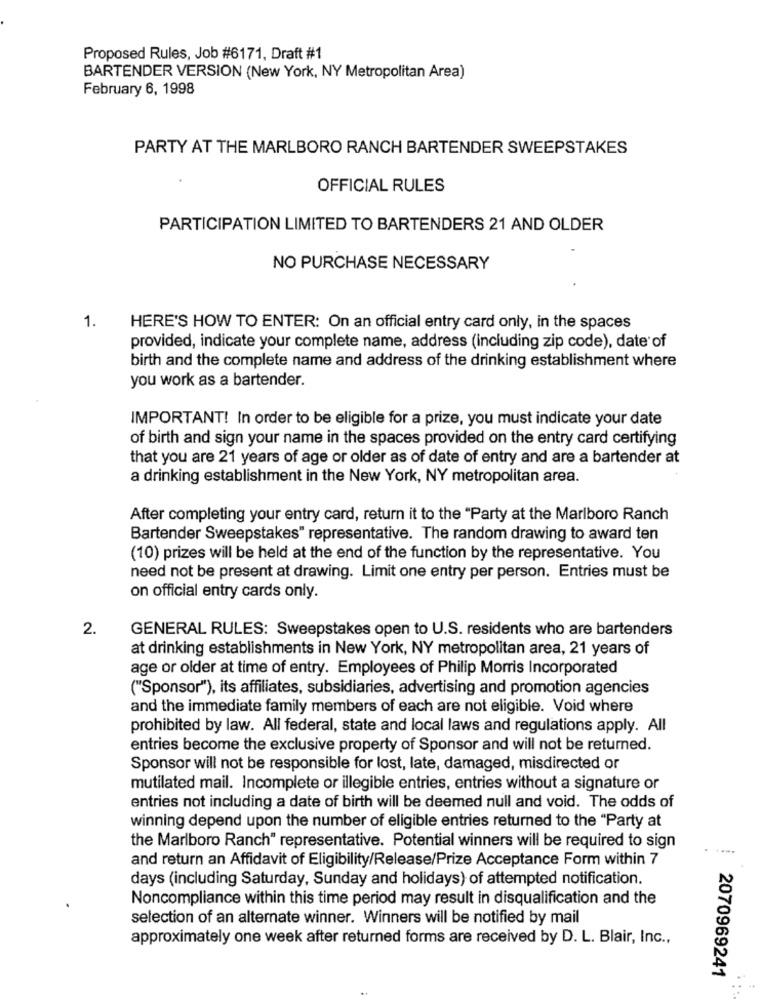
Proposed Rules, Job #6171, Draft #1
BARTENDER VERSION (New York, NY Metropolitan Area)
February 6, 1998
PARTY AT THE MARLBORO RANCH BARTENDER SWEEPSTAKES
OFFICIAL RULES
PARTICIPATION LIMITED TO BARTENDERS 21 AND OLDER
NO PURCHASE NECESSARY
1.
HERE'S HOW TO ENTER: On an official entry card only, in the spaces
provided, indicate your complete name, address (including zip code), date of
birth and the complete name and address of the drinking establishment where
you work as a bartender.
IMPORTANT! In order to be eligible for a prize, you must indicate your date
of birth and sign your name in the spaces provided on the entry card certifying
that you are 21 years of age or older as of date of entry and are a bartender at
a drinking establishment in the New York, NY metropolitan area.
After completing your entry card, return it to the "Party at the Marlboro Ranch
Bartender Sweepstakes" representative. The random drawing to award ten
(10) prizes will be held at the end of the function by the representative. You
need not be present at drawing. Limit one entry per person. Entries must be
on official entry cards only.
2.
GENERAL RULES: Sweepstakes open to U.S. residents who are bartenders
at drinking establishments in New York, NY metropolitan area, 21 years of
age or older at time of entry. Employees of Philip Morris Incorporated
("Sponsor"), its affiliates, subsidiaries, advertising and promotion agencies
and the immediate family members of each are not eligible. Void where
prohibited by law. All federal, state and local laws and regulations apply. All
entries become the exclusive property of Sponsor and will not be returned.
Sponsor will not be responsible for lost, late, damaged, misdirected or
mutilated mail. Incomplete or illegible entries, entries without a signature or
entries not including a date of birth will be deemed null and void. The odds of
winning depend upon the number of eligible entries returned to the "Party at
the Marlboro Ranch" representative. Potential winners will be required to sign
and return an Affidavit of Eligibility/Release/Prize Acceptance Form within 7
days (including Saturday, Sunday and holidays) of attempted notification.
Noncompliance within this time period may result in disqualification and the
selection of an alternate winner. Winners will be notified by mail
approximately one week after returned forms are received by D. L. Blair, Inc .,
2070969241